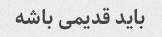
باید قدیمی باشه